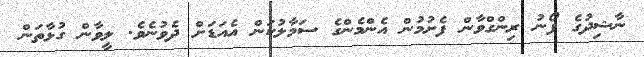
ނާޝިދުގެ ފޯނު ރިންގްވާން ފެށުމުން އެންމެންގެ ސަމާލުކަން އެއަޑަށް ދެވުނެވެ. ލީވާން ގުޅާތަން